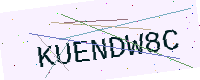
Text: KUENDW8C